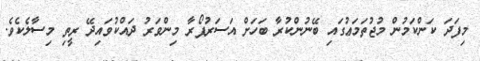
މިފަދަ ކަންކަމުން މުޖުތަމަޢުގައި ބޭނުންކުރާ ބަހަށް އަސަރުފޯރާ މިންވަރު ދައްކުވައިދޭ ރީތި މިސާލެކެވެ.